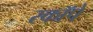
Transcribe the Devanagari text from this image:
स्कॉपे